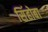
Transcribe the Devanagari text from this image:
सिंहोबा